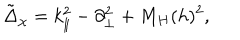
LaTeX: \tilde { \Delta } _ { \chi } = k _ { \| } ^ { 2 } - \partial _ { \bot } ^ { 2 } + M _ { H } ( h ) ^ { 2 } ,